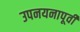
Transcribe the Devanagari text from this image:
उपनयनापूर्वी